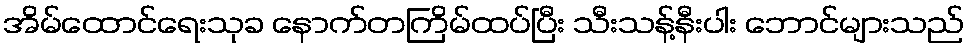
အိမ်ထောင်ရေးသုခ နောက်တကြိမ်ထပ်ပြီး သီးသန့်နီးပါး ဘောင်များသည်